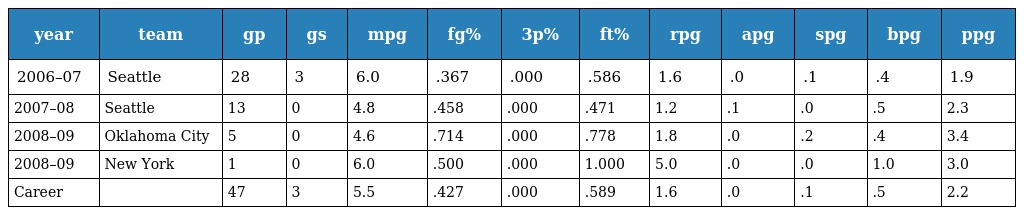
| year | team | gp | gs | mpg | fg% | 3p% | ft% | rpg | apg | spg | bpg | ppg |
 | --- | --- | --- | --- | --- | --- | --- | --- | --- | --- | --- | --- | --- |
 | 2006–07 | Seattle | 28 | 3 | 6.0 | .367 | .000 | .586 | 1.6 | .0 | .1 | .4 | 1.9 |
 | 2007–08 | Seattle | 13 | 0 | 4.8 | .458 | .000 | .471 | 1.2 | .1 | .0 | .5 | 2.3 |
 | 2008–09 | Oklahoma City | 5 | 0 | 4.6 | .714 | .000 | .778 | 1.8 | .0 | .2 | .4 | 3.4 |
 | 2008–09 | New York | 1 | 0 | 6.0 | .500 | .000 | 1.000 | 5.0 | .0 | .0 | 1.0 | 3.0 |
 | Career |  | 47 | 3 | 5.5 | .427 | .000 | .589 | 1.6 | .0 | .1 | .5 | 2.2 |